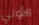
الأولي